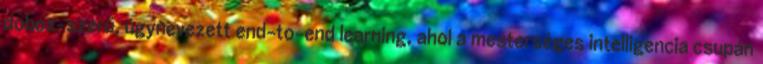
doboz-szerű, úgynevezett end-to-end learning, ahol a mesterséges intelligencia csupán